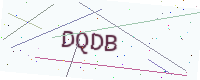
Text: DQDB